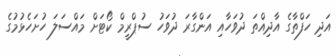
އަދި ހަފްތާގެ އާދިއްތަ ދުވަހާއި އަންގާރަ ދުވަހު ސުޕްރީމް ކޯޓަށް މައްސަލަ ހުށަހެޅުމުގެ